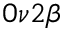
0 \nu 2 \beta